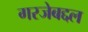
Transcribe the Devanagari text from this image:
गरजेबद्दल